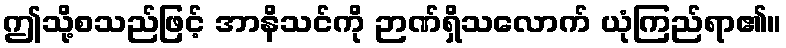
ဤသို့စသည်ဖြင့် အာနိသင်ကို ဉာဏ်ရှိသလောက် ယုံကြည်ရာ၏။